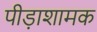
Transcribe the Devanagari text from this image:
पीड़ाशामक